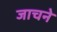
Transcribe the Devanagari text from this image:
जाचने